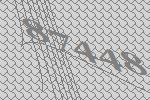
87448